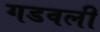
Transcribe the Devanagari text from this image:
गडवली